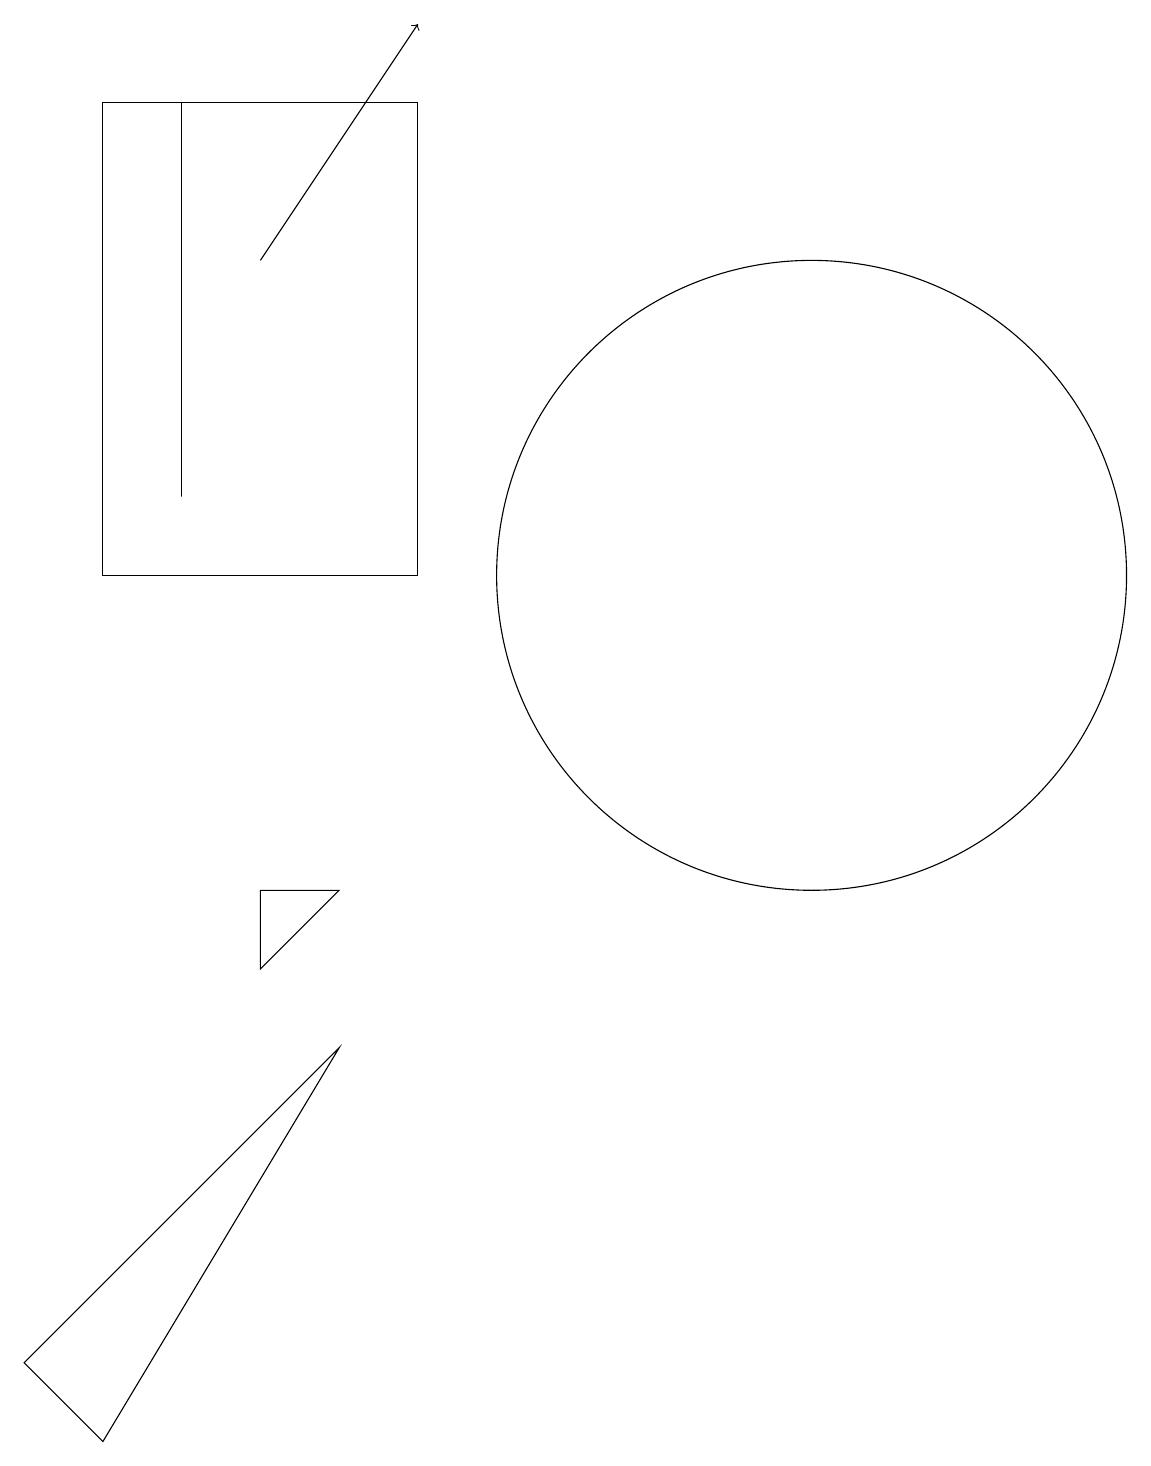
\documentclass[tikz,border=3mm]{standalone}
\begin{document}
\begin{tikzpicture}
\draw (11,12) circle (4);
\draw (3,13) rectangle (3,18);
\draw (2,18) rectangle (6,12);
\draw (1,2) -- (5,6) -- (2,1) -- cycle;
\draw (5,8) -- (4,8) -- (4,7) -- cycle;
\draw[->] (4,16) -- (6,19);
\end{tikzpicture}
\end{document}